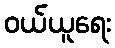
ဝယ်ယူရေး